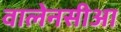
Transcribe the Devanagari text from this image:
वालेनसीआ